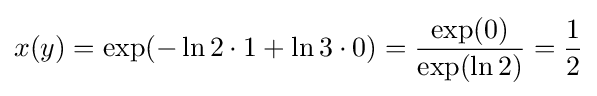
x(y)=\exp(-\ln 2\cdot 1+\ln 3\cdot 0)={\frac {\exp(0)}{\exp(\ln 2)}}={\frac {1}{2}}